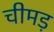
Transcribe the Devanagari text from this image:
चीमड़